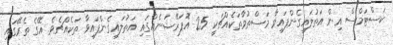
ކަސްޓަމްސް އިން އަތުލައިގެންފައިވާ މަސްތުވާތަކެއްޗަކީ 25 އޮަޕަރޭޝަނެއްގައި އަތުލައިގެންފައިވާ ތަކެއްޗެވެ. އޭގެ ތެރޭގައި